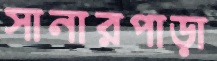
সানারপাড়া